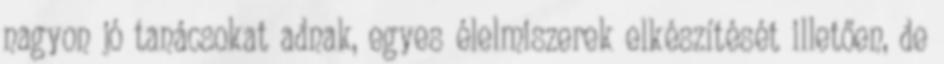
nagyon jó tanácsokat adnak, egyes élelmiszerek elkészítését illetően, de